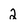
Character: 2